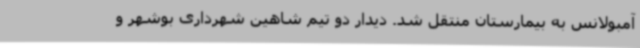
آمبولانس به بیمارستان منتقل شد. دیدار دو تیم شاهین شهرداری بوشهر و